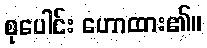
စုပေါင်း ဟောထား၏။